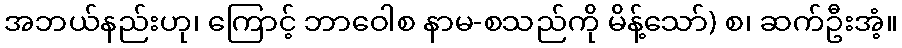
အဘယ်နည်းဟု၊ ကြောင့် ဘာဝေါစ နာမ-စသည်ကို မိန့်သော်) စ၊ ဆက်ဦးအံ့။